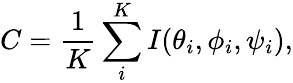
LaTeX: C=\frac{1}{K}\sum_{i}^{K}I(\theta_{i},\phi_{i},\psi_{i}),